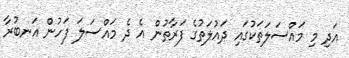
އަދި މި މައްސަލަތަކުގައި ދައުލަތުގެ ފަރާތުން އެ ދެ މައްސަލަ ފަހުން އަނބުރާ